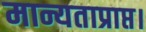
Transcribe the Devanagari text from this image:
मान्यताप्राप्त।